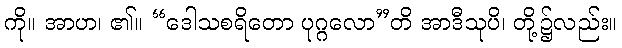
ကို။ အာဟ၊ ၏။ “ဒေါသစရိတော ပုဂ္ဂလော”တိ အာဒီသုပိ၊ တို့၌လည်း။